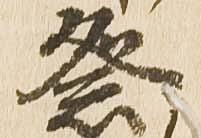
祭